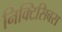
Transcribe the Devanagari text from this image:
निक्टिसिबस